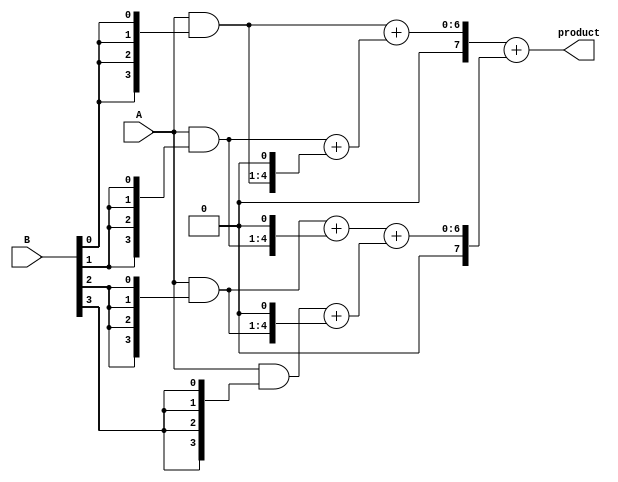
module DaddaMultiplier #(
    parameter n = 4 // Width of input numbers
)(
    input [n-1:0] A,
    input [n-1:0] B,
    output reg [2*n-1:0] product
);

// Intermediate signals for partial products
wire [n-1:0] pp [0:n-1]; // Partial products
reg [2*n-1:0] sum_stage1 [0:n-1]; // First reduction stage
reg [2*n-1:0] sum_stage2 [0:n-1]; // Second reduction stage

// Generate partial products
genvar i, j;
generate
    for (i = 0; i < n; i = i + 1) begin : PARTIAL_PRODUCT_GEN
        assign pp[i] = A & {n{B[i]}}; // Generate partial products
    end
endgenerate

// Dadda Reduction Tree Stage 1
generate
    for (i = 0; i < n; i = i + 1) begin : STAGE1
        if (i == 0) begin
            assign sum_stage1[i] = {1'b0, pp[0]}; // Add first partial product with zero padding
        end else begin
            assign sum_stage1[i] = {1'b0, pp[i]} + {pp[i-1], 1'b0}; // Shift and add
        end
    end
endgenerate

// Dadda Reduction Tree Stage 2
generate
    for (i = 0; i < n; i = i + 1) begin : STAGE2
        if (i == 0) begin
            assign sum_stage2[i] = sum_stage1[0] + sum_stage1[1]; // First two sums
        end else if (i == 1) begin
            assign sum_stage2[i] = sum_stage1[2] + sum_stage1[3]; // Next two sums
        end else if (i == 2) begin
            assign sum_stage2[i] = sum_stage1[4] + sum_stage1[5]; // And so on...
        end // Continue this pattern as necessary for more stages/rows
    end
endgenerate

// Final stage: Sum all reduced products
always @(*) begin
    product = sum_stage2[0] + sum_stage2[1]; // Final summation
end

endmodule